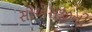
સીએસજીની